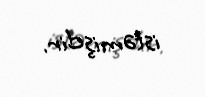
istəmişdir.